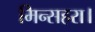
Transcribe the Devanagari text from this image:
मिन्सहरा।